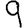
Digit: 9